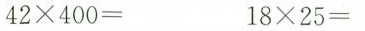
$$4 2 \times 4 0 0 =$$ $$1 8 \times 2 5 =$$